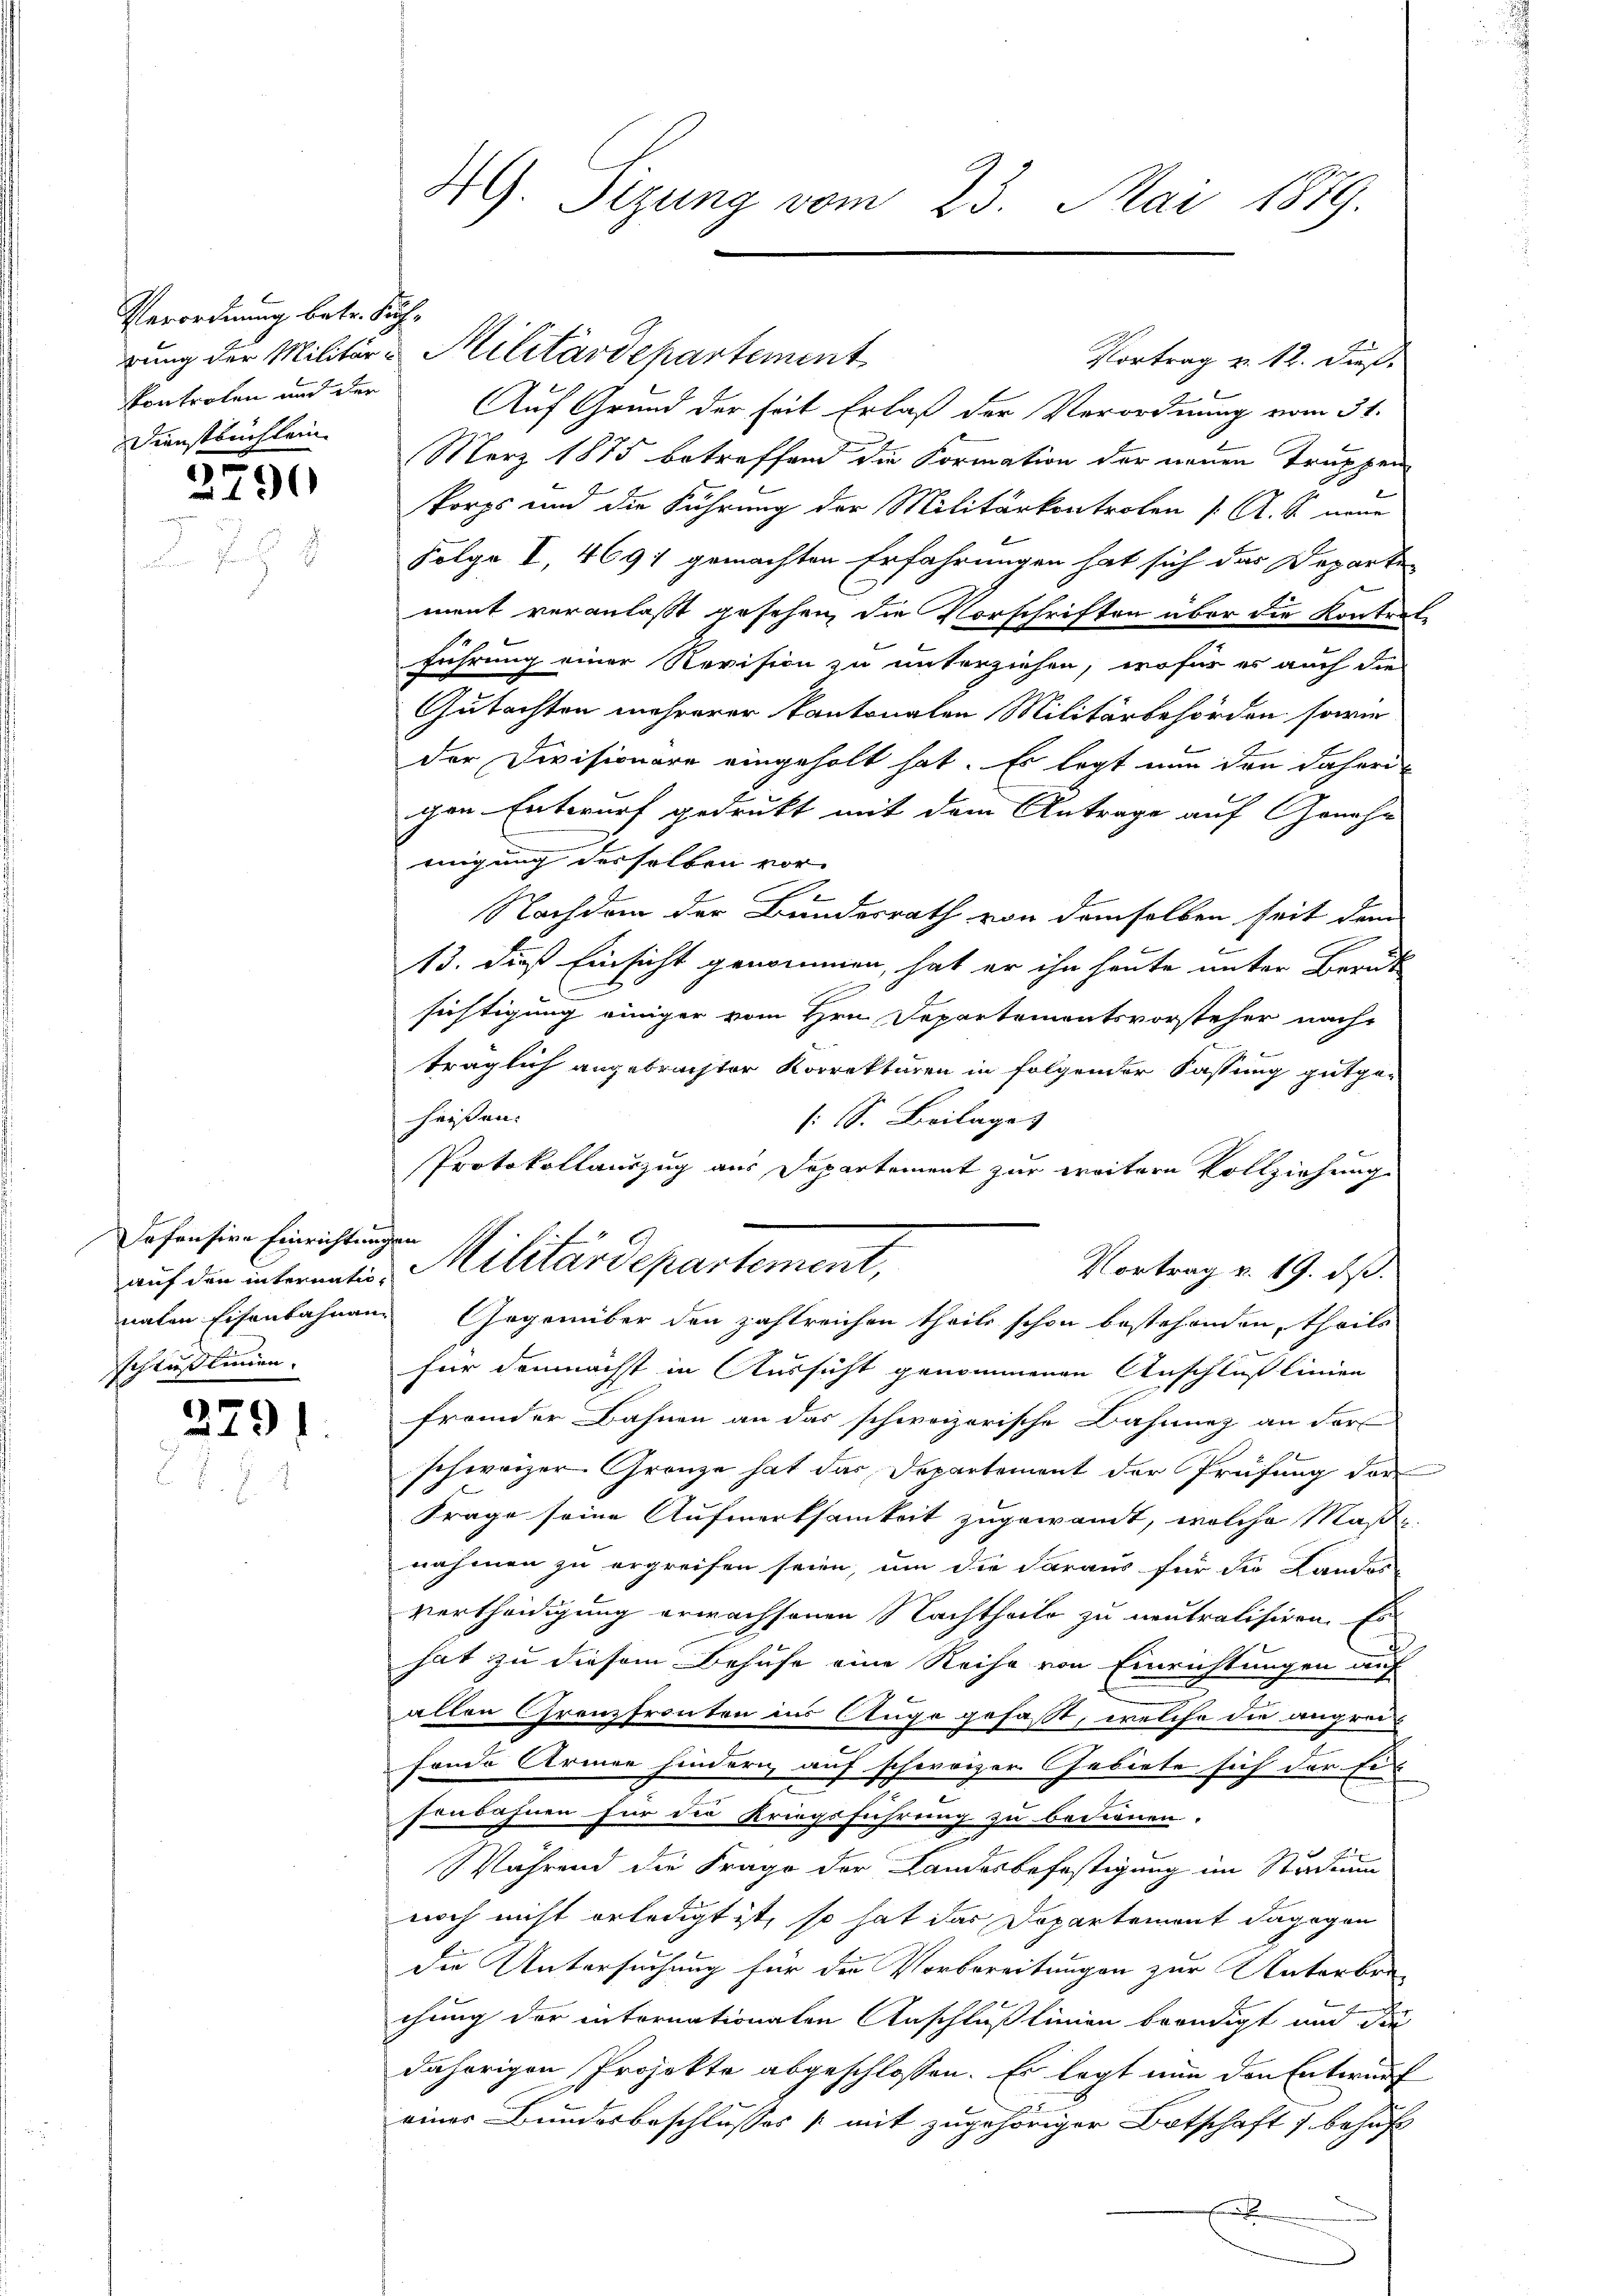
Verordnung betr. Suchkontrolen und der
Dienstbuchlein

2790

Jafensive Einrichtungen
schlußlinien.

2791

Vortrag v. 12. dieß.
Auf Grund der seit Erlaß der Verordnung vom 31.
März 1885 betreffend die Formation der neuen Truppen
korps und die Führung der Militärkontrolen (: A. S. neue
Folge I, 4691 gemachten Erfahrungen hat sich das Departe
ment veranlaßt gesehen, die Vorschriften über die Kontret-
führung einer Revision zu unterziehen, wofür er auch die
Gutachten mehrerer Kantonalen Militärbehörden sowie
der Divisionäre eingeholt hat. Es legt nun den daherigen Entwurf gedrukt mit dem Antrage auf Genehm
einigung desselben vor-
.
Nachdem der Bundesrath von demselben seit dem
13. dieß Einsicht genommen, hat er ihn heute unter Berük
C
sichtigung einiger vom Hrn. Departementsvorsteher nach
träglich angebrachter Korrekturen in folgender Fassung gutge-
heißen.
(S. Beilages |
Protokollauszug aus Departement zur weitere Vollziehung
Vortrag v. 19. ds.
für demnächst in Aussicht genommenen Anschluß linien
fremder Bahnen an das schweizerische Bahnnez an ders
schweizer Gränze hat das Departement der Prüfung der
Frage seine Aufmerksamkeit zugewandt, welche Maße
nahmen zu ergreifen seien, um die daraus für die Landor-
vertheidigung erwachsenen Nachtheile zu neutralisiren. Es
hat zu diesem Behufe eine Reihe von Einrichtungen auf
allen Grenzfronten ins Auge gefasst, welche die angreis
fonde Armee hindern auf schweizer Gebiete sich der Eis
fenbahnen für die Kriegsführung zu bedienen.
 Während die Frage der Landesbefestigung im Studium
noch nicht erledigt ist, so hat das Departement dagegen
die Untersuchung für die Vorbereitungen zur Naterbrechung der intornationaten Anschlußlinien beendigt und die
dahörigen Projekte abgeschlossen. Es legt nun den Entwurf
einer Bundesbeschlusses (mit zugehöriger Botschaft & behuf
En

HG. Sigung vom 23. Mai 1879.

rung der Militär-Militärdepartement

auf den internation Militärdepartement,
naten Eisenbahnen Gegenüber den zahlreichen theils schon bestehenden, theils